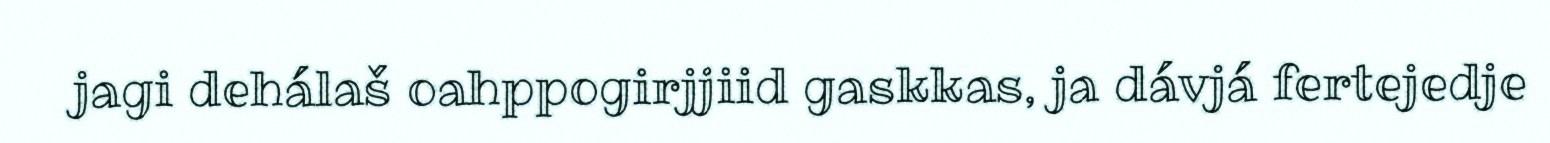
jagi dehálaš oahppogirjjiid gaskkas, ja dávjá fertejedje